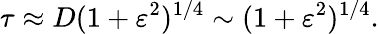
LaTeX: \tau\approx D(1+\varepsilon^{2})^{1/4}\sim(1+\varepsilon^{2})^{1/4}.